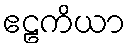
ဧဠကိယာ